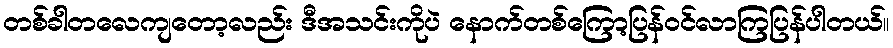
တစ်ခါတလေကျတော့လည်း ဒီအသင်းကိုပဲ နောက်တစ်ကြော့ပြန်ဝင်လာကြပြန်ပါတယ်။